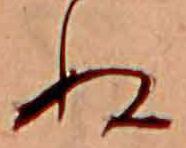
ぬ